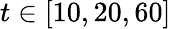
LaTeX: t\in[10,20,60]